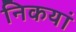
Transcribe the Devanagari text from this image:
निकयां